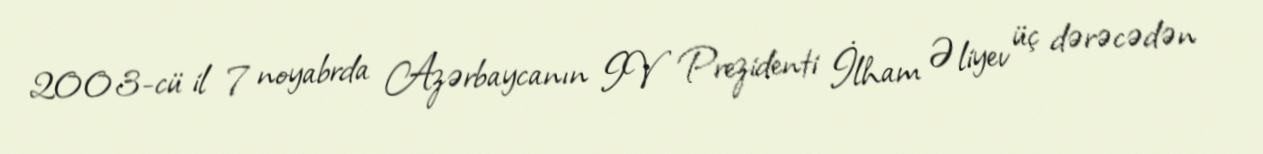
2003-cü il 7 noyabrda Azərbaycanın IV Prezidenti İlham Əliyev üç dərəcədən